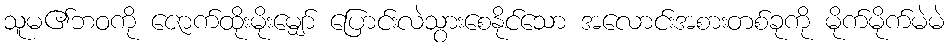
သူမ၏ဘဝကို ဇောက်ထိုးမိုးမျှော် ပြောင်းလဲသွားစေနိုင်သော အလောင်းအစားတစ်ခုကို မိုက်မိုက်မဲမဲ